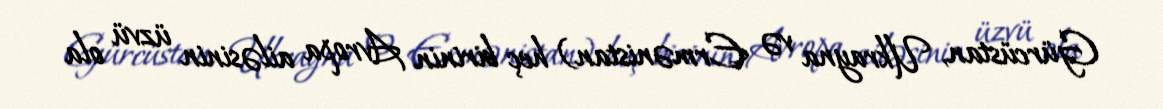
Gürcüstan, Ukrayna və Ermənistan) heç birinin Avropa ailəsinin üzvü ola